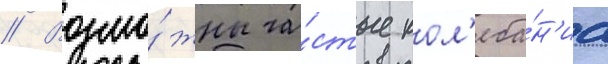
// Возмо́жны ча́стые кол'еба́н'иа